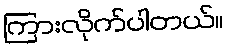
ကြားလိုက်ပါတယ်။